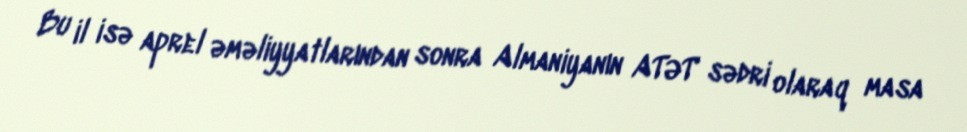
Bu il isə aprel əməliyyatlarından sonra Almaniyanın ATƏT sədri olaraq masa